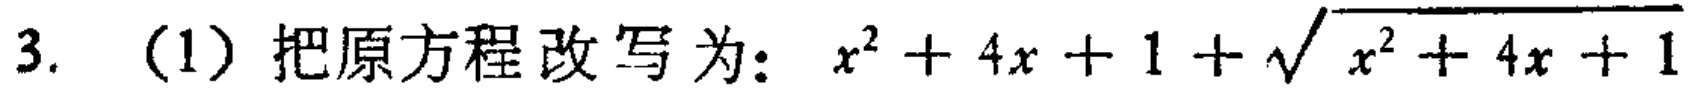
3. （1）把原方程改写为：\(x^{2}+4x + 1+\sqrt{x^{2}+4x + 1}\)